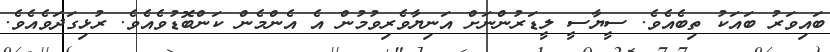
ބައިވަރު ބައަކު ތިބެއެވެ. ސީޔާސީ ލީޑަރުންނަށް އަނިޔާވެރިވުމުން އެ އެންމެން ކަންބޮޑުވެއެވެ. ރުޅިގަދަވެއެވެ.